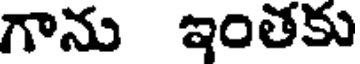
గాను ఇంతకు